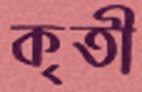
কৃতী